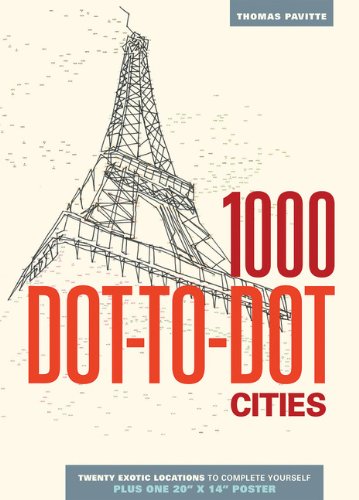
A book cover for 1000 Dot-to-Dot: Cities; Thomas Pavitte; Humor & Entertainment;